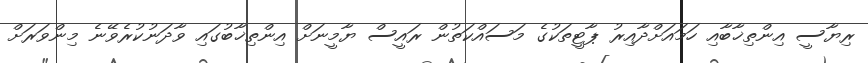
ރިޔާސީ އިންތިޚާބާއި ހަމައަށްދާއިރު ޕާޓީތަކުގެ މަސައްކަތުން ރައީސް ޔާމީނަށް އިންތިޚާބުގައި ވާދަނުކުރެވޭނެ މިންވަރަށް